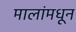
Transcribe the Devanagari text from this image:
मालांमधून